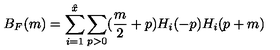
B _ { F } ( m ) = \sum _ { i = 1 } ^ { \hat { x } } \sum _ { p > 0 } ( \frac { m } { 2 } + p ) H _ { i } ( - p ) H _ { i } ( p + m )